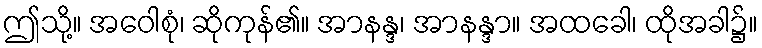
ဤသို့။ အဝေါစုံ၊ ဆိုကုန်၏။ အာနန္ဒ၊ အာနန္ဒာ။ အထခေါ၊ ထိုအခါ၌။